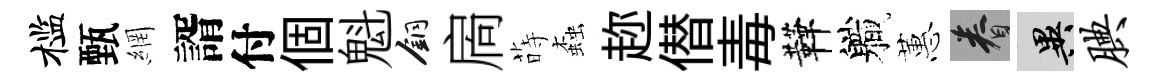
槛甄網諝付個魁銅扄蒔螙趂僣毒鞾軄蕙眷异腆